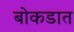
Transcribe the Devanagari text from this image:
बोकडात